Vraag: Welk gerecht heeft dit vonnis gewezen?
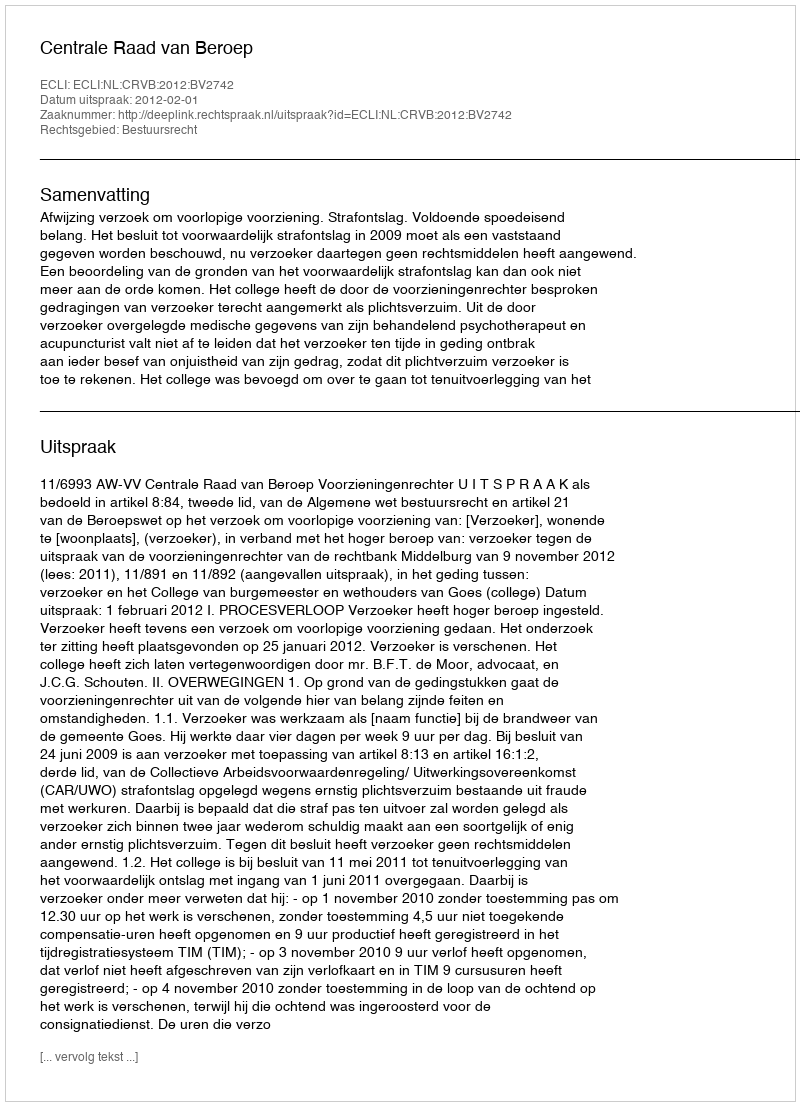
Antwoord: Centrale Raad van Beroep